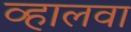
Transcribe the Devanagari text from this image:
व्हालवा